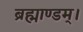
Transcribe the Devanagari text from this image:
ब्रह्माण्डम्।